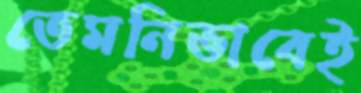
তেমনিভাবেই